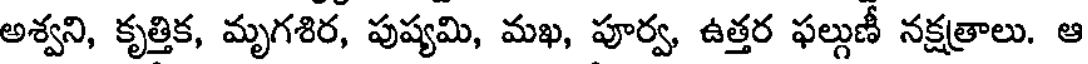
అశ్వని, కృత్తిక, మృగశిర, పుష్యమి, మఖ, పూర్వ, ఉత్తర ఫల్గుణీ నక్షత్రాలు. ఆ